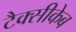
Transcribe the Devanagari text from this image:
टैक्सीकेब